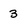
Character: 3